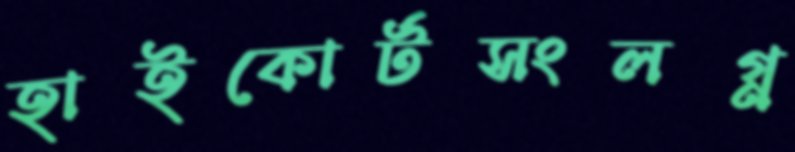
হাইকোর্টসংলগ্ন